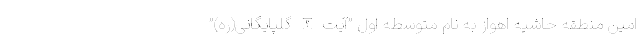
امین منطقه حاشیه اهواز به نام متوسطه اول ”آیت الله گلپایگانی(ره)”